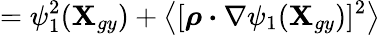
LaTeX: =\psi_{1}^{2}(\textbf{X}_{gy})+\left\langle[\boldsymbol{\rho}\boldsymbol{\cdot}\nabla\psi_{1}(\textbf{X}_{gy})]^{2}\right\rangle